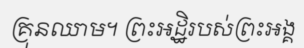
គ្រុនឈាម។ ព្រះអដ្ឋិរបស់ព្រះអង្គ